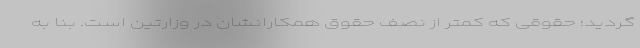
گردید؛ حقوقی که کمتر از نصف حقوق همکارانشان در وزارتین است. بنا به